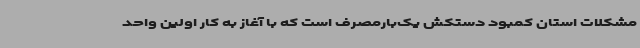
مشکلات استان کمبود دستکش یک‌بارمصرف است که با آغاز به کار اولین واحد